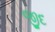
જીદ